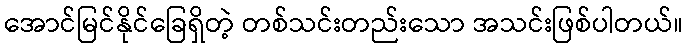
အောင်မြင်နိုင်ခြေရှိတဲ့ တစ်သင်းတည်းသော အသင်းဖြစ်ပါတယ်။